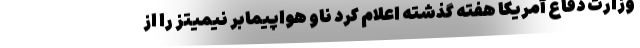
وزارت دفاع آمریکا هفته گذشته اعلام کرد ناو هواپیمابر نیمیتز را از